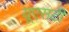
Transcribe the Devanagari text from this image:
यूएसटी